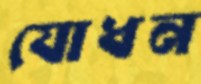
যোধন